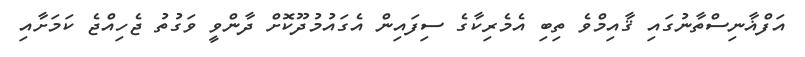
އަފްޣާނިސްތާނުގައި ޤާއިމްވެ ތިބި އެމެރިކާގެ ސިފައިން އެގައުމުދޫކޮށް ދާންވީ ވަގުތު ޖެހިއްޖެ ކަމަށާއި